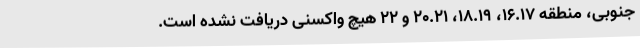
جنوبی، منطقه ۱۶.۱۷، ۱۸.۱۹، ۲۰.۲۱ و ۲۲ هیچ واکسنی دریافت نشده است.